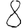
Digit: 8